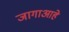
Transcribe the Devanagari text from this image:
जागाआहे